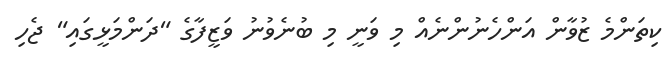
ކިތަންމެ ޒުވާން އަންހެނުންނެއް މި ވަނީ މި ބުނެވުނު ވަޒީފާގެ "ދަންމަޅީގައި" ޖެހި